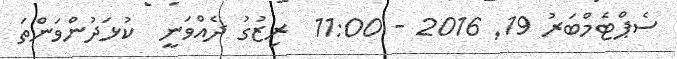
ސެޕްޓެމްބަރު 19